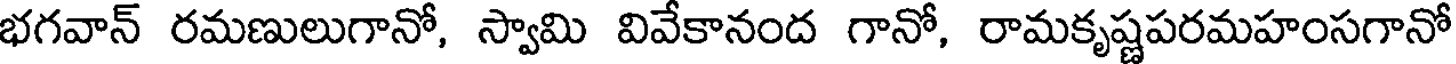
భగవాన్ రమణులుగానో, స్వామి వివేకానంద గానో, రామకృష్ణపరమహంసగానో